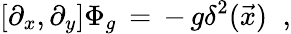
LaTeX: \left[\partial_{x},\partial_{y}\right]\Phi_{g}\, =\, -\, g\delta^{2}(\vec{x})\; \; ,